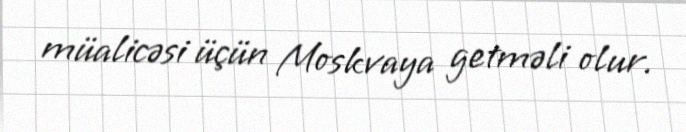
müalicəsi üçün Moskvaya getməli olur.